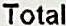
TOTAL